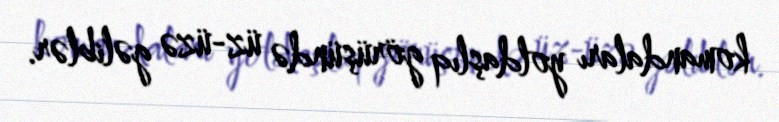
komandaları yoldaşlıq görüşündə üz-üzə gəliblər.